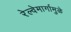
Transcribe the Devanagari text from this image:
रेल्वेमार्गामुळे